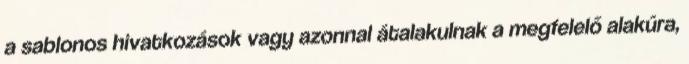
a sablonos hivatkozások vagy azonnal átalakulnak a megfelelő alakúra,